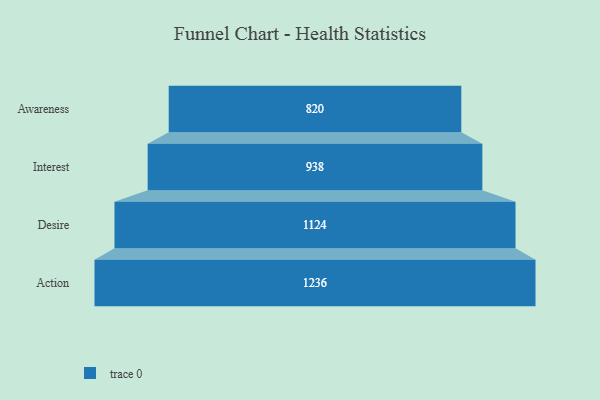
{"axis": {"x": "Stage", "y": "Value"}, "legend": [""], "data": [{"x": "Awareness", "y": 820.0, "type": ""}, {"x": "Interest", "y": 938.0, "type": ""}, {"x": "Desire", "y": 1124.0, "type": ""}, {"x": "Action", "y": 1236.0, "type": ""}]}